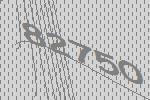
82750